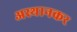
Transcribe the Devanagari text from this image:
अस्थानकर